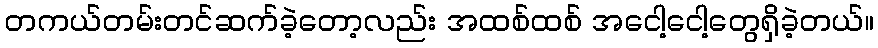
တကယ်တမ်းတင်ဆက်ခဲ့တော့လည်း အထစ်ထစ် အငေါ့ငေါ့တွေရှိခဲ့တယ်။